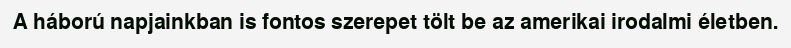
A háború napjainkban is fontos szerepet tölt be az amerikai irodalmi életben.